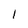
Character: I